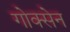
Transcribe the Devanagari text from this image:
गोक्सेन